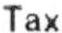
TAX